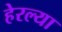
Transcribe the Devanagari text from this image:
हेरल्या